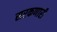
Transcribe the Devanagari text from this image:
सरकणारी